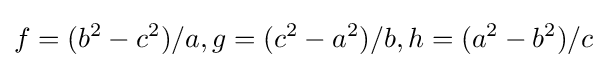
f=(b^{2}-c^{2})/a,g=(c^{2}-a^{2})/b,h=(a^{2}-b^{2})/c